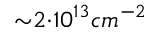
{ \sim } 2 { \cdot } 1 0 ^ { 1 3 } c m ^ { - 2 }